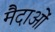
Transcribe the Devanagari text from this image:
मैदाओं